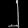
Digit: ၂